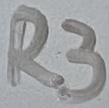
Text: R3